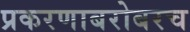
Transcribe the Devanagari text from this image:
प्रकरणाबरोबरच